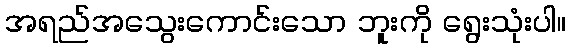
အရည်အသွေးကောင်းသော ဘူးကို ရွေးသုံးပါ။